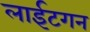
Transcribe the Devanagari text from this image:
लाईटगन